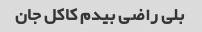
بلی راضی بیدم کاکل جان